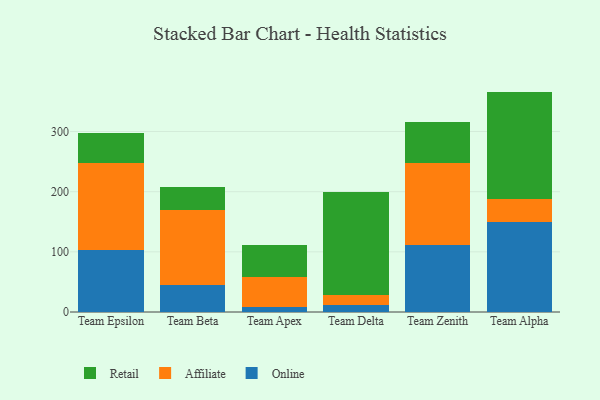
{"axis": {"x": "Team", "y": "Headcount"}, "legend": ["Affiliate", "Online", "Retail"], "data": [{"x": "Team Epsilon", "y": 102.5, "type": "Online"}, {"x": "Team Epsilon", "y": 144.6, "type": "Affiliate"}, {"x": "Team Epsilon", "y": 49.6, "type": "Retail"}, {"x": "Team Beta", "y": 45.5, "type": "Online"}, {"x": "Team Beta", "y": 123.5, "type": "Affiliate"}, {"x": "Team Beta", "y": 39.1, "type": "Retail"}, {"x": "Team Apex", "y": 8.1, "type": "Online"}, {"x": "Team Apex", "y": 50.9, "type": "Affiliate"}, {"x": "Team Apex", "y": 52.0, "type": "Retail"}, {"x": "Team Delta", "y": 11.9, "type": "Online"}, {"x": "Team Delta", "y": 17.1, "type": "Affiliate"}, {"x": "Team Delta", "y": 170.4, "type": "Retail"}, {"x": "Team Zenith", "y": 111.0, "type": "Online"}, {"x": "Team Zenith", "y": 137.2, "type": "Affiliate"}, {"x": "Team Zenith", "y": 67.6, "type": "Retail"}, {"x": "Team Alpha", "y": 150.2, "type": "Online"}, {"x": "Team Alpha", "y": 38.4, "type": "Affiliate"}, {"x": "Team Alpha", "y": 177.7, "type": "Retail"}]}